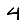
Digit: 4